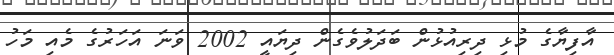
އާފިޔާގެ މުޅި ދިރިއުޅުން ބަދަލުވެގެން ދިޔައީ 2002 ވަނަ އަހަރުގެ މެއި މަހު